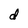
Character: d